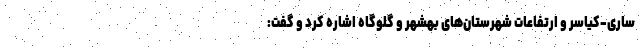
ساری-کیاسر و ارتفاعات شهرستان‌های بهشهر و گلوگاه اشاره کرد و گفت: